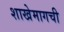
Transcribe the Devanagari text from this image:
शाखेमागची